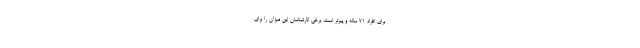
برای افراد 71 ساله و پیرتر است. برخی کارشناسان این میزان را برای